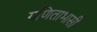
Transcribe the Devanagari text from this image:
गणिताभासी